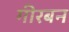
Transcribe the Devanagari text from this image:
गीरबन